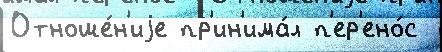
Отноше́н'иjе пр'ин'има́л п'ер'ено́с